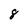
Character: 8